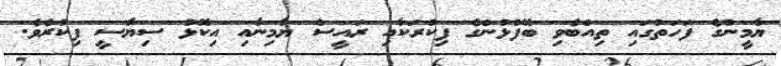
ޔާމީންގެ ފަހަތުގައި ތިއްބެވި ބޭފުޅުންގެ ފިކުރަކާއި ރައީސް ޔާމިނާއި އިކޮޅު ސިޔާސީ ފިކުރެވެ.